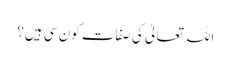
اللہ تعالیٰ کی صفات کون سی ہیں؟